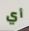
أي